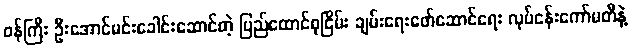
၀န်ကြီး ဦးအောင်မင်းခေါင်းဆောင်တဲ့ ပြည်ထောင်စုငြိမ်း ချမ်းရေးဖော်ဆောင်ရေး လုပ်ငန်းကော်မတီနဲ့